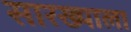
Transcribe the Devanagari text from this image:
सारख्याला